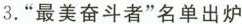
3.”最美奋斗者”名单出炉